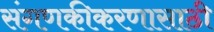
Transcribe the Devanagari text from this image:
संगणकीकरणासाठी